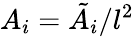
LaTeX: A_{i}=\tilde{A_{i}}/l^{2}